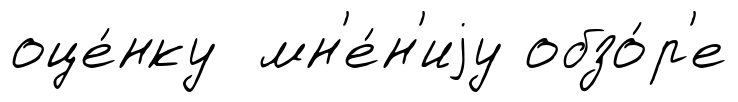
оце́нку мн'е́н'иjу обзо́р'е